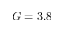
G = 3 . 8